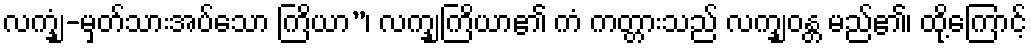
လက္ချံ-မှတ်သားအပ်သော ကြိယာ”၊ လက္ချကြိယာ၏ ကံ ကတ္တားသည် လက္ချဝန္တ မည်၏၊ ထို့ကြောင့်